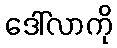
ဒေါ်လာကို